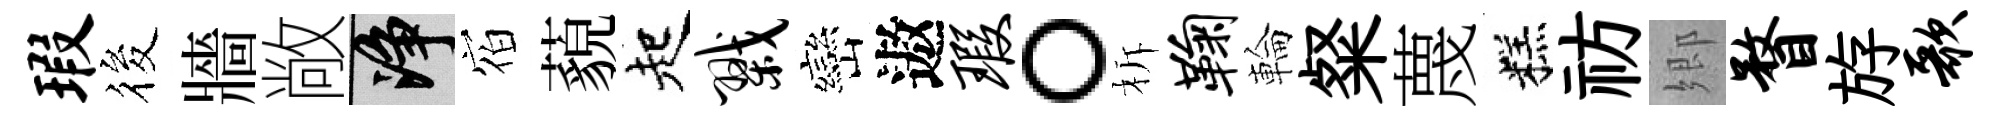
瑕筱牆敞净𪧐藐起戮巒遨瑕。柝鞠輪粲蔑糕祊郷瞀斿歌